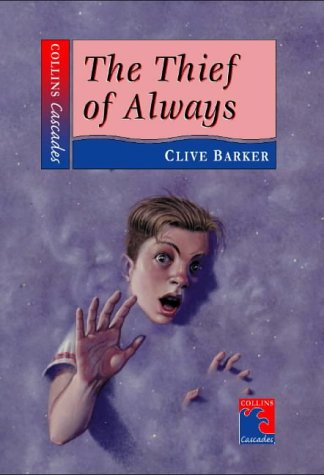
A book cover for Thief of Always (Cascades); Clive Barker; Teen & Young Adult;